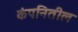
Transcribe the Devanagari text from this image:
कंपनितील